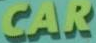
CAR